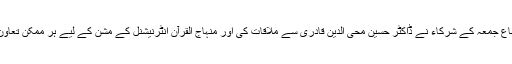
نمازِ جمعہ کے بعد اجتماعِ جمعہ کے شرکاء نے ڈاکٹر حسین محی الدین قادری سے ملاقات کی اور منہاج القرآن انٹرنیشنل کے مشن کے لیے ہر ممکن تعاون کی یقین دہانی کروائی۔